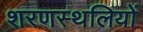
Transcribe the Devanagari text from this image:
शरणस्थलियों